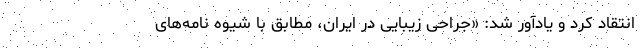
انتقاد کرد و یادآور شد: «جراحی زیبایی در ایران، مطابق با شیوه نامه‌های